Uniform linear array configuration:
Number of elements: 8
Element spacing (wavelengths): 0.25
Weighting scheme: kaiser
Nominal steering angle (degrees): -30
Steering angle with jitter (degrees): -28.6
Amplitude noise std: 0.05
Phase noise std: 0.05

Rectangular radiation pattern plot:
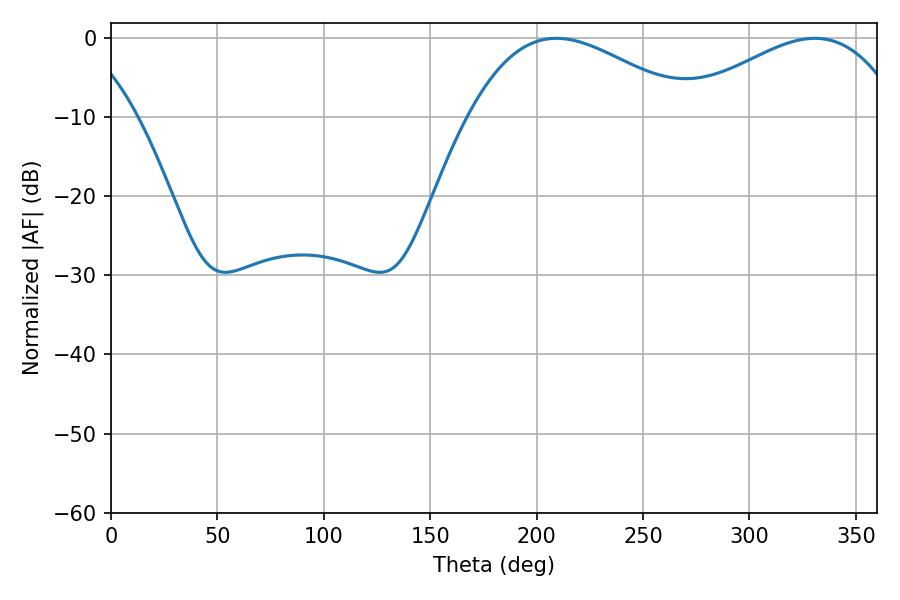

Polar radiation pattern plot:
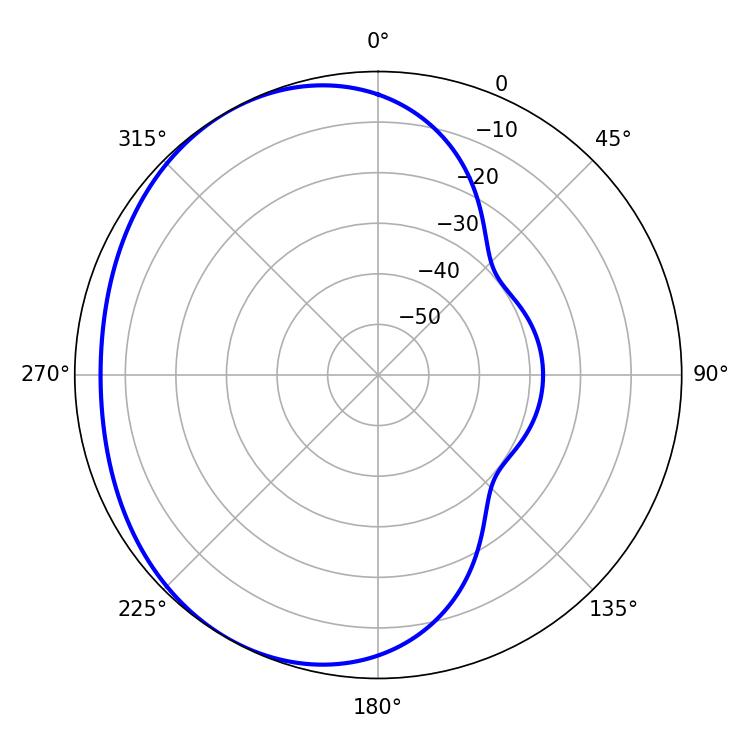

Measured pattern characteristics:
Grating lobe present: FALSE
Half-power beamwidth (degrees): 57.06
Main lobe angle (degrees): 209.34